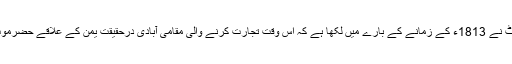
معروف سیاح بورگ ہارٹ نے 1813ء کے زمانے کے بارے میں لکھا ہے کہ اس وقت تجارت کرنے والی مقامی آبادی درحقیقت یمن کے علاقے حضرموت سے تعلق رکھتی تھی۔